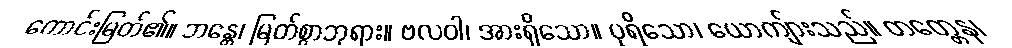
ကောင်းမြတ်၏။ ဘန္တေ၊ မြတ်စွာဘုရား။ ဗလဝါ၊ အားရှိသော။ ပုရိသော၊ ယောကျ်ားသည်။ တတ္တေန၊